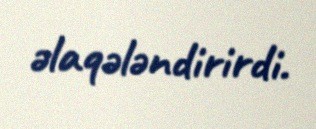
əlaqələndirirdi.